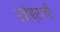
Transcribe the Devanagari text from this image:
खोब्राजी